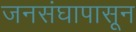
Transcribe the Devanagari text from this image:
जनसंघापासून